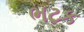
ભટક